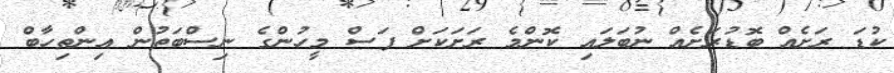
ކުޑަ ރަށެއް ބޮޑުރަށެއް ނުބަލައި ކޮންމެ ރަށަކަށް ފަސް މީހުންގެ ނިސްބަތުން އިންތިހާބް